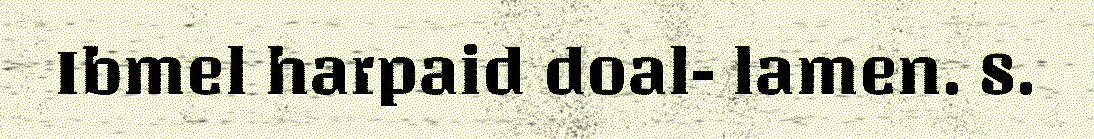
Ibmel harpaid doal- lamen. 8.